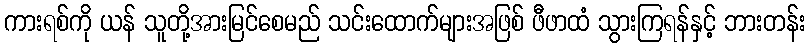
ကားရစ်ကို ယန် သူတို့အားမြင်စေမည် သင်းထောက်များအဖြစ် ဖီဖာထံ သွားကြရန်နှင့် ဘားတန်း